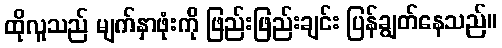
ထိုလူသည် မျက်နှာဖုံးကို ဖြည်းဖြည်းချင်း ပြန်ချွတ်နေသည်။